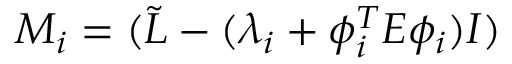
M _ { i } = ( \Tilde { L } - ( \lambda _ { i } + \phi _ { i } ^ { T } E \phi _ { i } ) I )